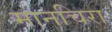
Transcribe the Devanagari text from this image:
मानचिरा